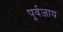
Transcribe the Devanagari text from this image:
पूर्वजाय